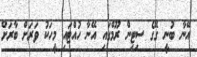
އޭނާ ބުނީ ގޭގެ ސިޓިން ރޫމްގައި އޭނާ ހުއްޓައި މީހަކު ވަރަށް ބާރަށް